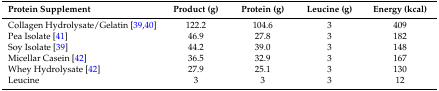
<table><thead><tr><td><b>Protein Supplement</b></td><td><b>Product (g)</b></td><td><b>Protein (g)</b></td><td><b>Leucine (g)</b></td><td><b>Energy (kcal)</b></td></tr></thead><tbody><tr><td>Collagen Hydrolysate/Gelatin [39,40]</td><td>122.2</td><td>104.6</td><td>3</td><td>409</td></tr><tr><td>Pea Isolate [41]</td><td>46.9</td><td>27.8</td><td>3</td><td>182</td></tr><tr><td>Soy Isolate [39]</td><td>44.2</td><td>39.0</td><td>3</td><td>148</td></tr><tr><td>Micellar Casein [42]</td><td>36.5</td><td>32.9</td><td>3</td><td>167</td></tr><tr><td>Whey Hydrolysate [42]</td><td>27.9</td><td>25.1</td><td>3</td><td>130</td></tr><tr><td>Leucine</td><td>3</td><td>3</td><td>3</td><td>12</td></tr></tbody></table>